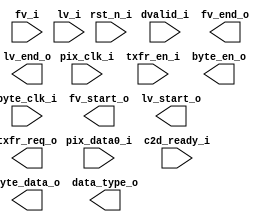
/*******************************************************************************
    Verilog netlist generated by IPGEN Lattice Radiant Software (64-bit)
    3.1.1.232.1
    Soft IP Version: 1.3.0
    2022 04 04 20:32:11
*******************************************************************************/
/*******************************************************************************
    Wrapper Module generated per user settings.
*******************************************************************************/
module P2B (rst_n_i, pix_clk_i, byte_clk_i, fv_i, lv_i, dvalid_i, pix_data0_i,
    c2d_ready_i, txfr_en_i, fv_start_o, fv_end_o, lv_start_o, lv_end_o,
    txfr_req_o, byte_en_o, byte_data_o, data_type_o)/* synthesis syn_black_box syn_declare_black_box=1 */;
    input  rst_n_i;
    input  pix_clk_i;
    input  byte_clk_i;
    input  fv_i;
    input  lv_i;
    input  dvalid_i;
    input  [9:0]  pix_data0_i;
    input  c2d_ready_i;
    input  txfr_en_i;
    output  fv_start_o;
    output  fv_end_o;
    output  lv_start_o;
    output  lv_end_o;
    output  txfr_req_o;
    output  byte_en_o;
    output  [7:0]  byte_data_o;
    output  [5:0]  data_type_o;
endmodule